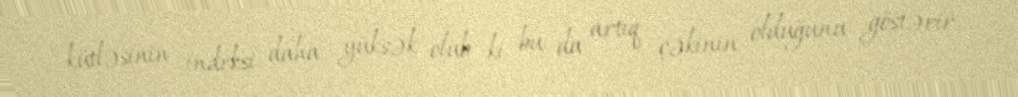
kütləsinin indeksi daha yüksək olub ki, bu da artıq çəkinin olduğunu göstərir.